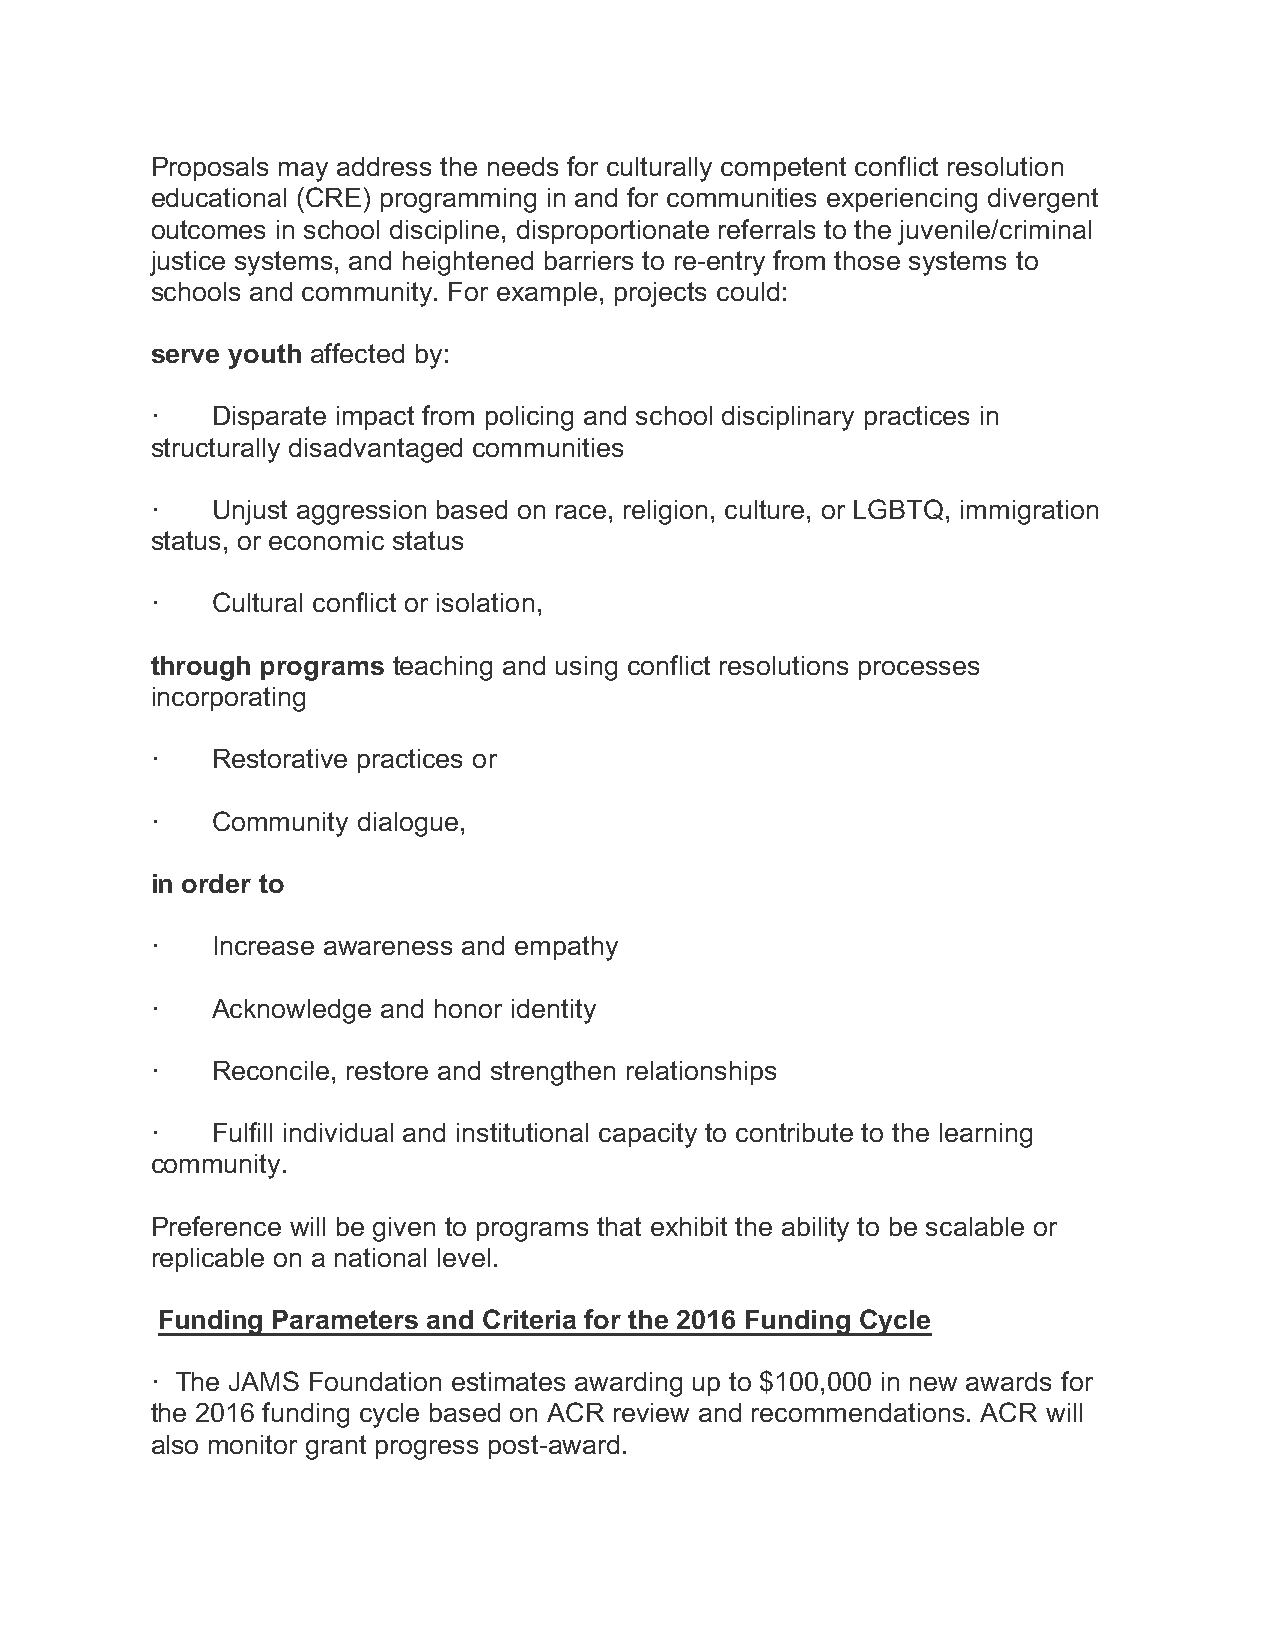
Proposals may address the needs for culturally competent conflict resolution
 educational (CRE) programming in and for communities experiencing divergent
 outcomes in school discipline, disproportionate referrals to the juvenile/criminal
 justice systems, and heightened barriers to re-entry from those systems to
 schools and community. For example, projects could:
 serve youth affected by:
 ·   Disparate impact from policing and school disciplinary practices in
 structurally disadvantaged communities
 ·   Unjust aggression based on race, religion, culture, or LGBTQ, immigration
 status, or economic status
 ·   Cultural conflict or isolation,
 through programs teaching and using conflict resolutions processes
 incorporating
 ·   Restorative practices or
 ·   Community dialogue,
 in order to
 ·   Increase awareness and empathy
 ·   Acknowledge and honor identity
 ·   Reconcile, restore and strengthen relationships
 ·   Fulfill individual and institutional capacity to contribute to the learning
 community.
 Preference will be given to programs that exhibit the ability to be scalable or
 replicable on a national level.
 Funding Parameters and Criteria for the 2016 Funding Cycle
 · The JAMS Foundation estimates awarding up to $100,000 in new awards for
 the 2016 funding cycle based on ACR review and recommendations. ACR will
 also monitor grant progress post-award.